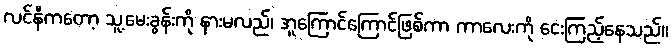
လင်နီကတော့ သူ့မေးခွန်းကို နားမလည်၊ အူကြောင်ကြောင်ဖြစ်ကာ ကာလေးကို ငေးကြည့်နေသည်။